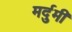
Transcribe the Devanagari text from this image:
मर्दुमी